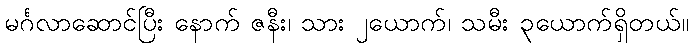
မင်္ဂလာဆောင်ပြီး နောက် ဇနီး၊ သား ၂ယောက်၊ သမီး ၃ယောက်ရှိတယ်။